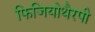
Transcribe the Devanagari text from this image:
फिजियोथैरपी